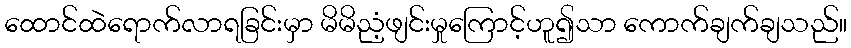
ထောင်ထဲရောက်လာရခြင်းမှာ မိမိညံ့ဖျင်းမှုကြောင့်ဟူ၍သာ ကောက်ချက်ချသည်။